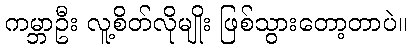
ကမ္ဘာဦး လူ့စိတ်လိုမျိုး ဖြစ်သွားတော့တာပဲ။